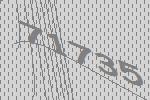
71735